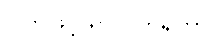
ငါကဖြင့် ရှာလိုက်ရတာ။